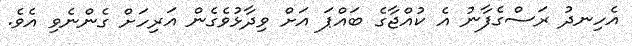
އެހިނދު ރަސްގެފާނު އެ ކުއްޖާގެ ބައްޕަ އަށް ވިދާޅުވެގެން އަރިހަށް ގެންނެވި އެވެ.